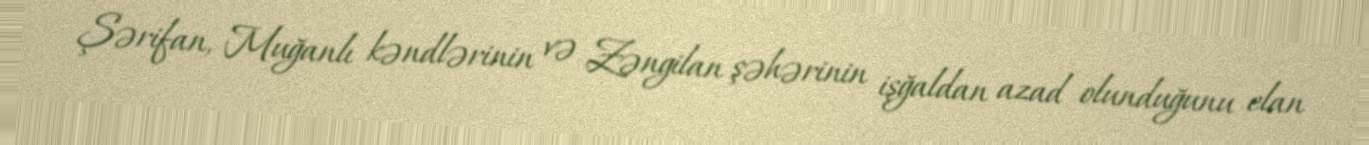
Şərifan, Muğanlı kəndlərinin və Zəngilan şəhərinin işğaldan azad olunduğunu elan